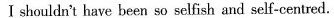
I shouldn't have been so selfish and self-centred.